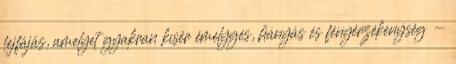
fejfájás, amelyet gyakran kísér émelygés, hányás és fényérzékenység -